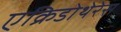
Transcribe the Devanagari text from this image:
एक्रिडोथेरेस